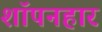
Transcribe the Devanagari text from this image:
शॉपनहार